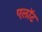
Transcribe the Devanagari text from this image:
एलॉट